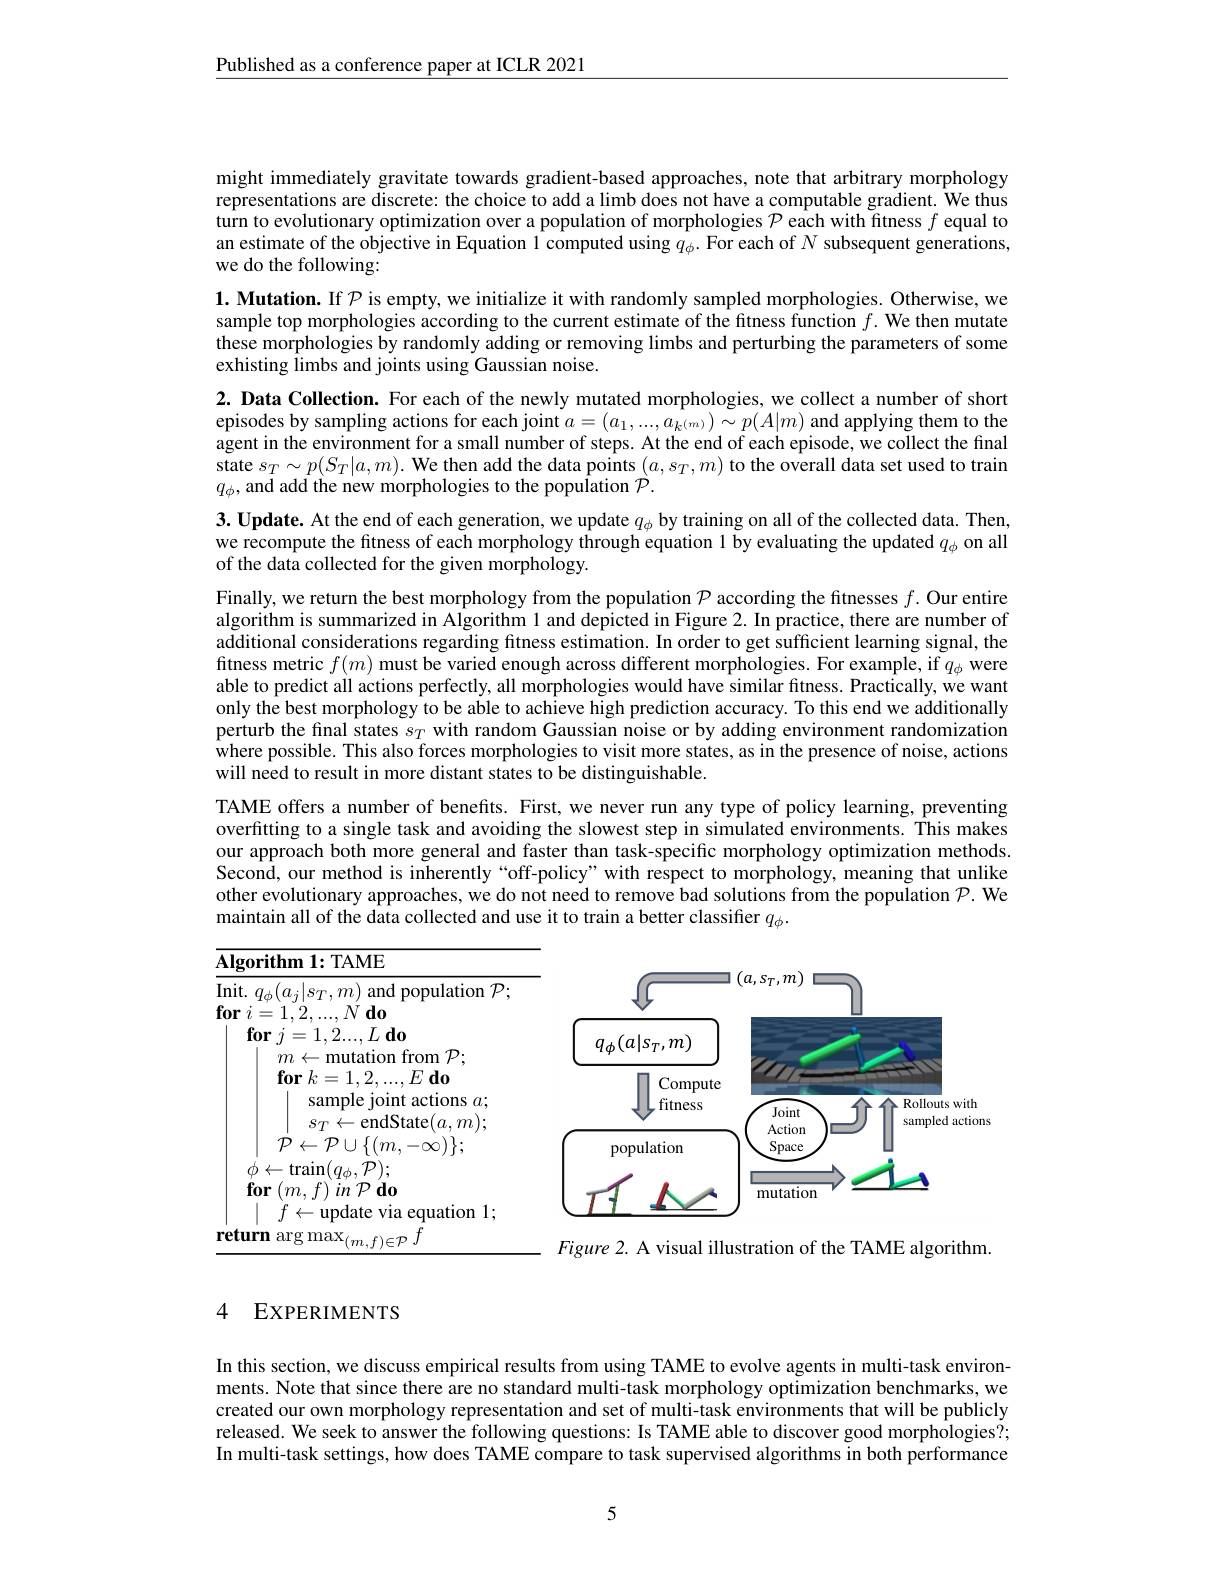
Published as a conference paper at ICLR 2021

might immediately gravitate towards gradient-based approaches, note that arbitrary morphology representations are discrete: the choice to add a limb does not have a computable gradient. We thus turn to evolutionary optimization over a population of morphologies $\mathcal{P}$ each with fitness $f$ equal to an estimate of the objective in Equation 1 computed using $q_\phi.$ For each of $N$ subsequent generations, we do the following:

$1. \textbf{ Mutation. If }\mathcal{P}$ is empty, we initialize it with randomly sampled morphologies. Otherwise, we

sample top morphologies according to the current estimate of the ftness function $f.$ We then mutate

these morphologies by randomly adding or removing limbs and perturbing the parameters of some

exhisting limbs and joints using Gaussian noise.

2. Data Collection. For each of the newly mutated morphologies, we collect a number of short

episodes by sampling actions for each joint $a=(a_1,...,a_{k^{(m)}})\sim p(A|m)$ and applying them to the

agent in the environment for a small number of steps. At the end of each episode, we collect the final

$\begin{array}{l}\text{state }s_{T}\sim p(S_{T}|a,m).\text{ We then add the data points }(a,s_{T},m)\text{ to the overall data set used to train}\\q_{\phi},\text{and add the new morphologies to the population }\mathcal{P}.\end{array}$

$3. \textbf{ Update. At the end of each generation, we update }q_{\phi }$ by training on all of the collected data. Then, we recompute the fitness of each morphology through equation 1 by evaluating the updated $q_\phi$ on all of the data collected for the given morphology.

Finally, we return the best morphology from the population $\mathcal{P}$ according the fitnesses $f.$ Our entire algorithm is summarized in Algorithm 1 and depicted in Figure 2. In practice, there are number of additional considerations regarding fitness estimation. In order to get sufficient learning signal, the fitness metric $f(m)$ must be varied enough across different morphologies. For example, if $q_\phi$ were able to predict all actions perfectly, all morphologies would have similar fitness. Practically, we want only the best morphology to be able to achieve high prediction accuracy. To this end we additionally perturb the final states $s_T$ with random Gaussian noise or by adding environment randomization $\hat{\text{where possible. This also forces morphologies to visit more states, as in the presence of noise, actions}}$ will need to result in more distant states to be distinguishable.
TAME offers a number of benefits. First, we never run any type of policy learning, preventing overfitting to a single task and avoiding the slowest step in simulated environments. This makes our approach both more general and faster than task-specific morphology optimization methods. Second, our method is inherently“off-policy”with respect to morphology, meaning that unlike other evolutionary approaches, we do not need to remove bad solutions from the population $\mathcal{P}.$ We maintain all of the data collected and use it to train a better classifier $q_\phi.$

<FigureHere>

$\overline{\text{Algorithm 1: TAME}}$
$\overline{\mathrm{Init.~}q_\phi(a_j|s_T,m)\text{ and population }\mathcal{P};}$
$\textbf{for}i= 1, 2, . . . , N\textbf{do}$
$\textbf{for}j= 1, 2. . . , L\textbf{do}$
$m\leftarrow$mutation from $\mathcal{P};$ $\textbf{for}k= 1, 2, . . . , E\textbf{do}$
sample joint actions $a;$ $s_{T}\tilde{\leftarrow}$endState$(a,m);$
${\dot{\mathcal P}}\leftarrow{\mathcal P}\cup\{(m,-\infty)\};$
$\stackrel{\dot{\phi}}{\leftarrow}\underset{{\mathcal{L}}}{\operatorname*{\operatorname*{\operatorname*{\operatorname*{\operatorname*{\operatorname*{m}}}}}}}(q_{\phi},\stackrel{\dot{P}}{});$ $\textbf{for}\left ( m, f\right )$in$\mathcal{P} \textbf{do}$ $\mid$ $f\leftarrow$update via equation 1;
$\underline{\textbf{return arg max}_{(m,f)\in\mathcal{P}}\bar{f}}$

Figure 2. A visual illustration of the TAME algorithm.

### 4 EXPERIMENTS

In this section, we discuss empirical results from using TAME to evolve agents in multi-task environments. Note that since there are no standard multi-task morphology optimization benchmarks, we created our own morphology representation and set of multi-task environments that will be publicly released. We seek to answer the following questions: Is TAME able to discover good morphologies?; In multi-task settings, how does TAME compare to task supervised algorithms in both performance

5